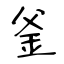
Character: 釜